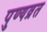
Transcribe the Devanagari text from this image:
पुण्यव्रत